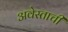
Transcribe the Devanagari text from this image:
अवेस्ताची